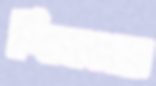
শিকারে